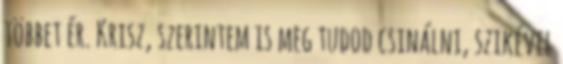
többet ér. Krisz, szerintem is meg tudod csinálni, szikével